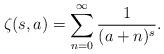
LaTeX: \begin{align*}~\zeta(s,a)=\sum_{n=0}^{\infty}\frac{1}{(a+n)^{s}}.\end{align*}